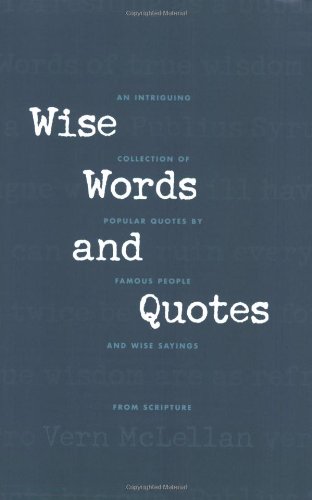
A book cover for Wise Words and Quotes; Vernon McLellan; Christian Books & Bibles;